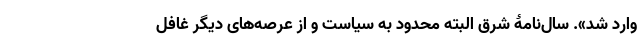
وارد شد». سال‌نامۀ شرق البته محدود به سیاست و از عرصه‌های دیگر غافل